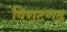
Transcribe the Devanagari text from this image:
विराटगढ़